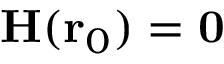
\mathbf { H } ( \mathbf { r } _ { 0 } ) = \mathbf { 0 }